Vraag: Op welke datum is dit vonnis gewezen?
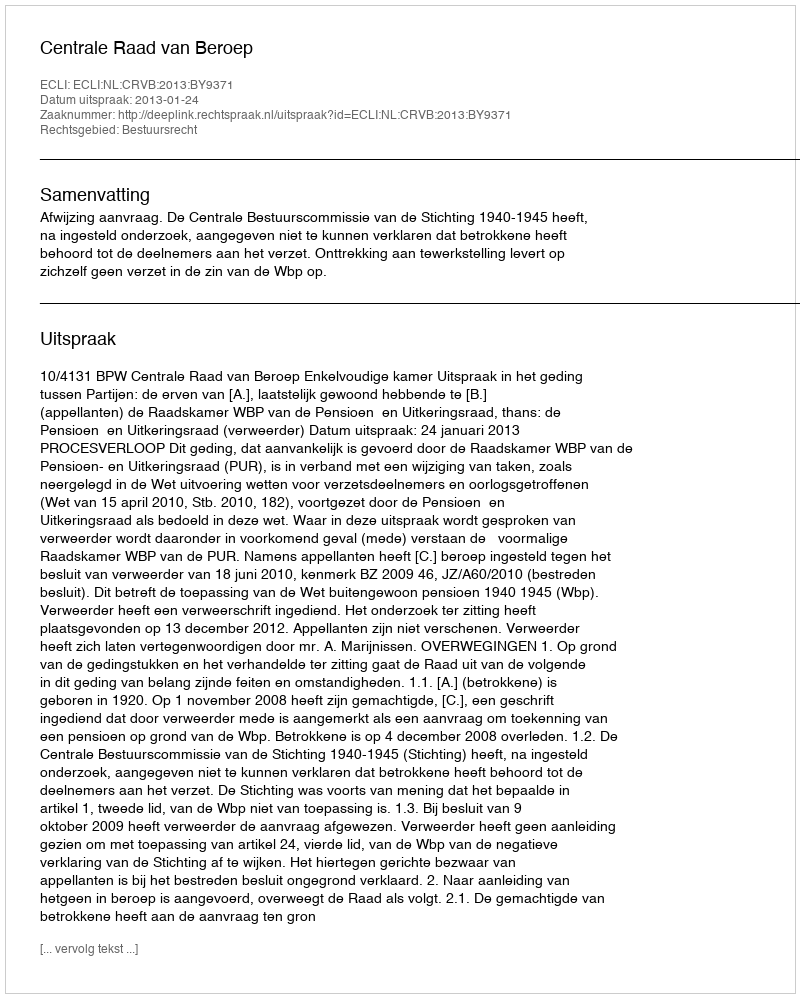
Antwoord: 2013-01-24